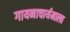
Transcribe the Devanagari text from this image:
गायनाचार्यमाला